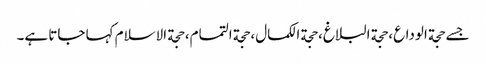
جسے حجة الوداع، حجة البلاغ، حجة الکمال، حجة التمام، حجة الاسلام کہا جاتا ہے۔